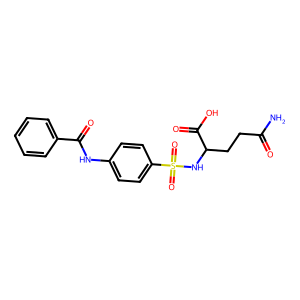
SMILES: NC(=O)CCC(NS(=O)(=O)c1ccc(NC(=O)c2ccccc2)cc1)C(=O)O
Inhibits HIV replication: No